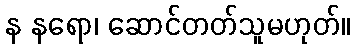
န နရော၊ ဆောင်တတ်သူမဟုတ်။